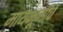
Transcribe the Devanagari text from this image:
मायभूमीचे